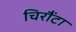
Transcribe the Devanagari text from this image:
चिरौंटा